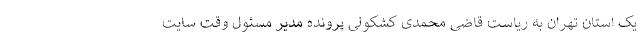
یک استان تهران به ریاست قاضی محمدی کشکولی پرونده مدیر مسئول وقت سایت